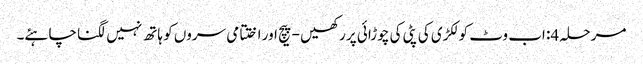
مرحلہ 4: اب وٹ کو لکڑی کی پٹی کی چوڑائی پر رکھیں - پیچ اور اختتامی سروں کو ہاتھ نہیں لگنا چاہئے۔